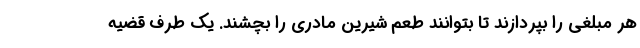
هر مبلغی را بپردازند تا بتوانند طعم شیرین مادری را بچشند. یک طرف قضیه